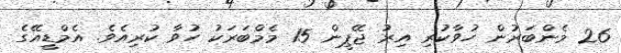
26 މެންބަރުން ހުވާކުރި އިރު ޖޭޕީން 15 މެމްބަރަކު ހުވާ ކުރިއެވެ. އެމްޑީއޭގެ